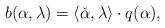
LaTeX: \begin{align*} b(\alpha,\lambda)=\langle \check\alpha,\lambda\rangle\cdot q(\alpha),\end{align*}